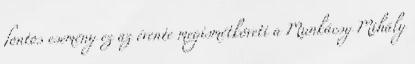
fontos esemény ez az évente megismétköveti a Munkácsy Mihály